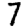
Digit: 7